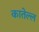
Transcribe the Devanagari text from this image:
कातेल्ल